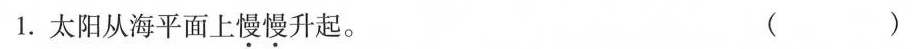
1.太阳从海平面上慢慢升起。（）